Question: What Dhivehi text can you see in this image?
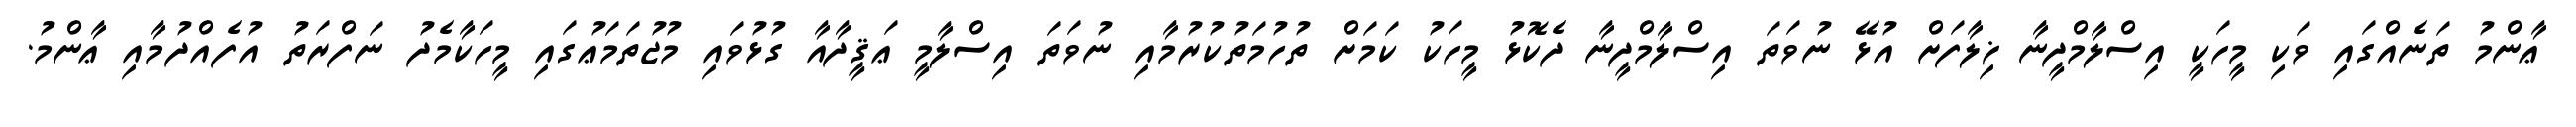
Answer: ޢާންމު ތަނެއްގައި ވަކި މީހަކީ އިސްލާމްދީނާ ޚިލާފަށް އުޅޭ ނުވަތަ އިސްލާމްދީނާ ދެކޮޅު މީހަކު ކަމަށް ތުހުމަތުކުރުމާއި ނުވަތަ އިސްލާމީ ޢަޤީދާއާ ގުޅުވައި މުޖުތަމަޢުގައި މީހަކާމެދު ނަފްރަތު އުފެއްދުމާއި ޢާންމު.